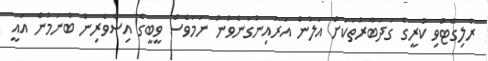
ރެލިގޭޓްވި ކުރީގެ ގަދަބާރުތަކަށް އަލުން އަރައިނުގަނެވުނު ނަމަވެސް ވީބީގެ އިސްވެރިން ބުނަމުން އައީ